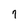
Character: 7